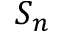
S _ { n }